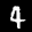
Digit: 4